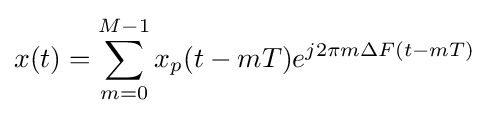
x(t)=\sum _{m=0}^{M-1}x_{p}(t-mT)e^{j2\pi m\Delta F(t-mT)}